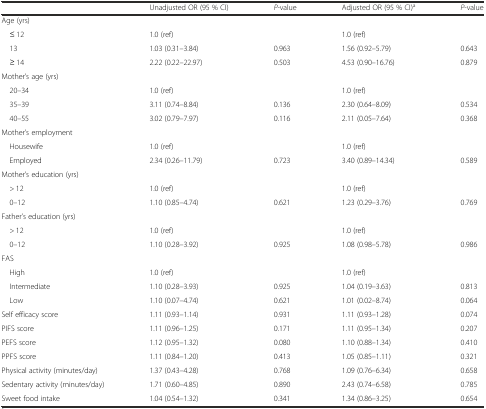
<table><thead><tr><td></td><td><b>Unadjusted OR (95 % CI)</b></td><td><b><i>P</i>-value</b></td><td><b>Adjusted OR (95 % CI)<sup>a</sup></b></td><td><b><i>P</i>-value</b></td></tr></thead><tbody><tr><td colspan="5">Age (yrs)</td></tr><tr><td> ≤ 12</td><td>1.0 (ref)</td><td></td><td>1.0 (ref)</td><td></td></tr><tr><td> 13</td><td>1.03 (0.31–3.84)</td><td>0.963</td><td>1.56 (0.92–5.79)</td><td>0.643</td></tr><tr><td> ≥ 14</td><td>2.22 (0.22–22.97)</td><td>0.503</td><td>4.53 (0.90–16.76)</td><td>0.879</td></tr><tr><td colspan="5">Mother’s age (yrs)</td></tr><tr><td> 20–34</td><td>1.0 (ref)</td><td></td><td>1.0 (ref)</td><td></td></tr><tr><td> 35–39</td><td>3.11 (0.74–8.84)</td><td>0.136</td><td>2.30 (0.64–8.09)</td><td>0.534</td></tr><tr><td> 40–55</td><td>3.02 (0.79–7.97)</td><td>0.116</td><td>2.11 (0.05–7.64)</td><td>0.368</td></tr><tr><td colspan="5">Mother’s employment</td></tr><tr><td> Housewife</td><td>1.0 (ref)</td><td></td><td>1.0 (ref)</td><td></td></tr><tr><td> Employed</td><td>2.34 (0.26–11.79)</td><td>0.723</td><td>3.40 (0.89–14.34)</td><td>0.589</td></tr><tr><td colspan="5">Mother’s education (yrs)</td></tr><tr><td> &gt; 12</td><td>1.0 (ref)</td><td></td><td>1.0 (ref)</td><td></td></tr><tr><td> 0–12</td><td>1.10 (0.85–4.74)</td><td>0.621</td><td>1.23 (0.29–3.76)</td><td>0.769</td></tr><tr><td colspan="5">Father’s education (yrs)</td></tr><tr><td> &gt; 12</td><td>1.0 (ref)</td><td></td><td>1.0 (ref)</td><td></td></tr><tr><td> 0–12</td><td>1.10 (0.28–3.92)</td><td>0.925</td><td>1.08 (0.98–5.78)</td><td>0.986</td></tr><tr><td colspan="5">FAS</td></tr><tr><td> High</td><td>1.0 (ref)</td><td></td><td>1.0 (ref)</td><td></td></tr><tr><td> Intermediate</td><td>1.10 (0.28–3.93)</td><td>0.925</td><td>1.04 (0.19–3.63)</td><td>0.813</td></tr><tr><td> Low</td><td>1.10 (0.07–4.74)</td><td>0.621</td><td>1.01 (0.02–8.74)</td><td>0.064</td></tr><tr><td>Self efficacy score</td><td>1.11 (0.93–1.14)</td><td>0.931</td><td>1.11 (0.93–1.28)</td><td>0.074</td></tr><tr><td>PIFS score</td><td>1.11 (0.96–1.25)</td><td>0.171</td><td>1.11 (0.95–1.34)</td><td>0.207</td></tr><tr><td>PEFS score</td><td>1.12 (0.95–1.32)</td><td>0.080</td><td>1.10 (0.88–1.34)</td><td>0.410</td></tr><tr><td>PPFS score</td><td>1.11 (0.84–1.20)</td><td>0.413</td><td>1.05 (0.85–1.11)</td><td>0.321</td></tr><tr><td>Physical activity (minutes/day)</td><td>1.37 (0.43–4.28)</td><td>0.768</td><td>1.09 (0.76–6.34)</td><td>0.658</td></tr><tr><td>Sedentary activity (minutes/day)</td><td>1.71 (0.60–4.85)</td><td>0.890</td><td>2.43 (0.74–6.58)</td><td>0.785</td></tr><tr><td>Sweet food intake</td><td>1.04 (0.54–1.32)</td><td>0.341</td><td>1.34 (0.86–3.25)</td><td>0.654</td></tr></tbody></table>